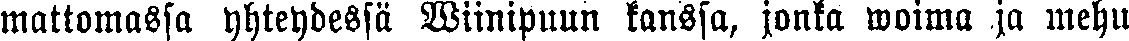
mattomassa yhteydessä Wiinipuun kanssa, jonka woima ja mehu